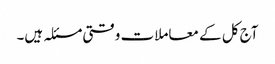
آج کل کے معاملات وقتی مسئلہ ہیں۔